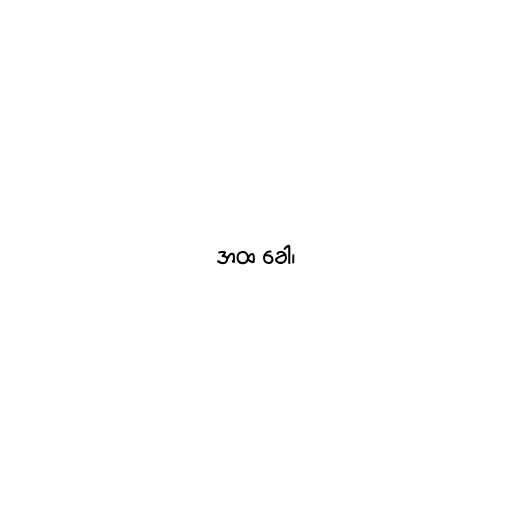
အထ ခေါ၊